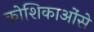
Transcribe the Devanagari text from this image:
कोशिकाओंसे